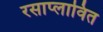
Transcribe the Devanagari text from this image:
रसाप्लावित